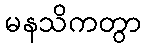
မနသိကတွာ